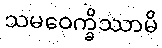
သမဝေက္ခိဿာမိ